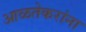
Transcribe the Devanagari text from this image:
आळतेकरांना